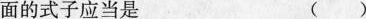
里面的式子应当是 ()